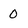
Character: O